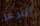
البرغر